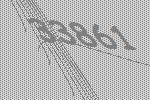
33861